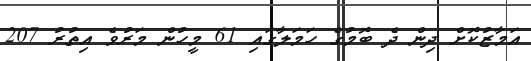
އަމާޒުކޮށް ދިން ދެ ބޮމުގެ ހަމަލާގައި 61 މީހުން މަރުވެ އިތުރު 207